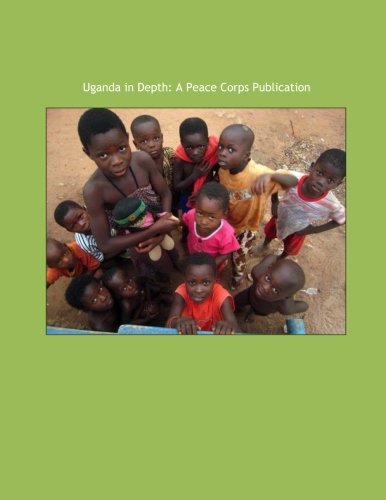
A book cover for Uganda in Depth: A Peace Corps Publication; Peace Corps; Travel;